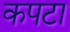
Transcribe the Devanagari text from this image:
कपटा